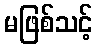
မဖြစ်သင့်